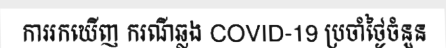
ការរកឃើញ ករណីឆ្លង COVID-19 ប្រចាំថ្ងៃចំនួន